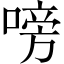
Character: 嗙